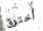
أخترق